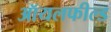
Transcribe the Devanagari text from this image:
ऑयलफील्ड